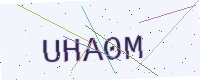
Text: UHA0M